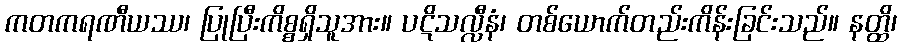
ကတကရဏီယဿ၊ ပြုပြီးကိစ္စရှိသူအား။ ပဋိသလ္လီနံ၊ တစ်ယောက်တည်းကိန်းခြင်းသည်။ နတ္ထိ၊